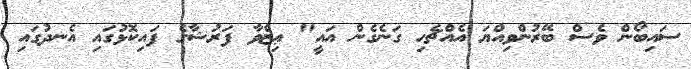
ސައިބޯން ވެސް ބޭރުންވިއްޔަ އެއްޗެހި ގަނެގެން އައީ" ޢިޒްވާ ފަރުޝާގެ ފައިކޮޅުގައި އެނދުގައި